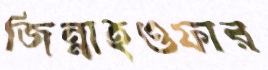
জিন্নাহওফার